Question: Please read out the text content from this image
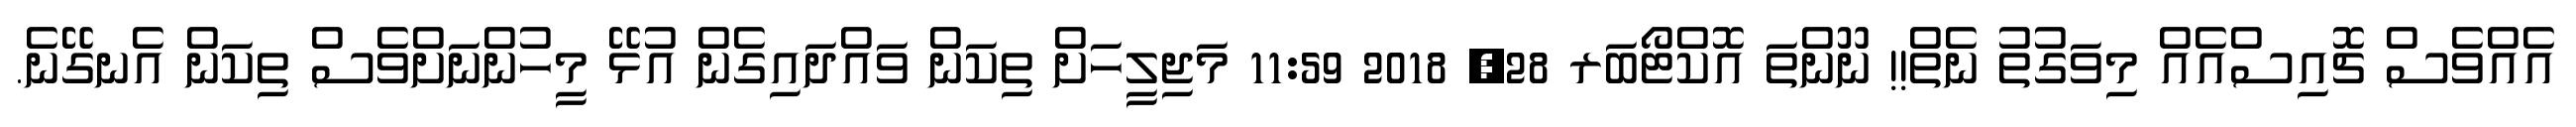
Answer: އެއްވެސް ޗޮއިސްއެއް މިވަގުތު ނެތް!! ނޫންތަ އޮކްޓޯބަރ 28, 2018 11:59 މަޖިލީހަށް ތިކަން ވައްދައިގެން އުޅޭ މީހުންނަށްވެސް ތިކަން އެނގޭނެ.